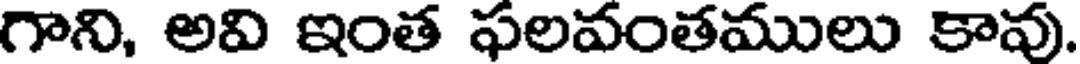
గాని, అవి ఇంత ఫలవంతములు కావు.